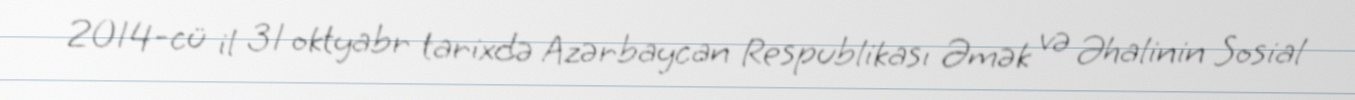
2014-cü il 31 oktyabr tarixdə Azərbaycan Respublikası Əmək və Əhalinin Sosial